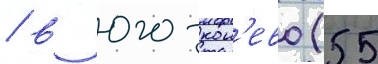
/ в юго-кон'ево (55